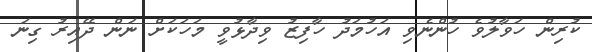
ކުރިން ހަވާލުވެ ހުންނެވި އަހުމަދު ހާފިޒު ވިދާޅުވީ މަހަކަށް ނަން ދޭއިރު ގިނަ